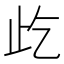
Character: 𱤾